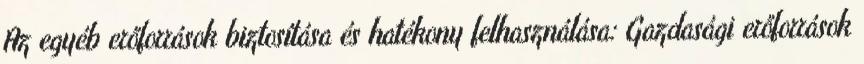
Az egyéb erőforrások biztosítása és hatékony felhasználása: Gazdasági erőforrások